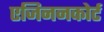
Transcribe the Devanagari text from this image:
एजिननकोर्ट